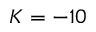
K = - 1 0